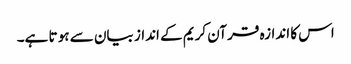
اس کا اندازہ قر آن کریم کے انداز بیان سے ہو تا ہے۔